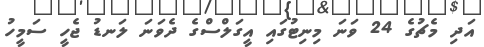
އަދި މެޗުގެ 24 ވަނަ މިނިޓުގައި އީގަލްސްގެ ދެވަނަ ލަނޑު ޖެހީ ސަމީހު